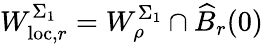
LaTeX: W_{\mathrm{loc},r}^{\Sigma_{1}}=W_{\rho}^{\Sigma_{1}}\cap\widehat{B}_{r}(0)